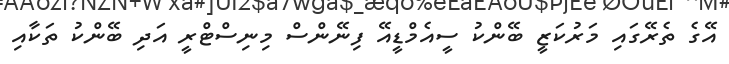
އޭގެ ތެރޭގައި މަރުކަޒީ ބޭންކު ސީއެމްޑީއޭ ފިނޭންސް މިނިސްޓްރީ އަދި ބޭންކު ތަކާއި